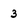
Character: 3